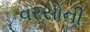
વરસોની